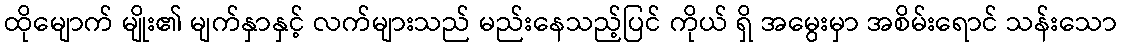
ထိုမျောက် မျိုး၏ မျက်နှာနှင့် လက်များသည် မည်းနေသည့်ပြင် ကိုယ် ရှိ အမွေးမှာ အစိမ်းရောင် သန်းသော